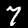
Label: 7